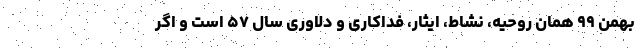
بهمن ۹۹ همان روحیه، نشاط، ایثار، فداکاری و دلاوری سال ۵۷ است و اگر